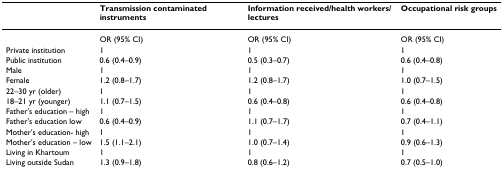
|  | Transmission contaminated instruments | Information received/health workers/lectures | Occupational risk groups |
 | --- | --- | --- | --- |
 |  | OR (95% CI) | OR (95% CI) | OR (95% CI) |
 | Private institution | 1 | 1 | 1 |
 | Public institution | 0.6 (0.4–0.9) | 0.5 (0.3–0.7) | 0.6 (0.4–0.8) |
 | Male | 1 | 1 | 1 |
 | Female | 1.2 (0.8–1.7) | 1.2 (0.8–1.7) | 1.0 (0.7–1.5) |
 | 22–30 yr (older) | 1 | 1 | 1 |
 | 18–21 yr (younger) | 1.1 (0.7–1.5) | 0.6 (0.4–0.8) | 0.6 (0.4–0.8) |
 | Father's education – high | 1 | 1 | 1 |
 | Father's education low | 0.6 (0.4–0.9) | 1.1 (0.7–1.7) | 0.7 (0.4–1.1) |
 | Mother's education- high | 1 | 1 | 1 |
 | Mother's education – low | 1.5 (1.1–2.1) | 1.0 (0.7–1.4) | 0.9 (0.6–1.3) |
 | Living in Khartoum | 1 | 1 | 1 |
 | Living outside Sudan | 1.3 (0.9–1.8) | 0.8 (0.6–1.2) | 0.7 (0.5–1.0) |